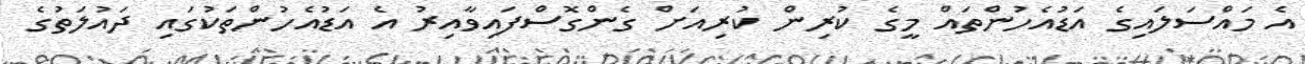
އެ މައްސަލައިގެ އަޑުއެހުންތައް މީގެ ކުރިން ކުރިއަށް ގެންގޮސްފައިވާއިރު އެ އަޑުއެހުންތަކުގައި ދައުލަތުގެ